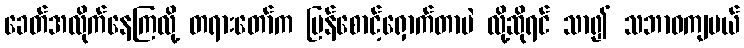
ခေတ်အလိုက်နေကြလို့ တရားတော်က ပြန်စောင့်ရှောက်တာပဲ လို့ဆိုရင် သာ၍ သဘာဝကျမယ်